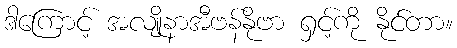
ဒါကြောင့် အလျိုနာအီဗန်နိုဗာ ရှင့်ကို နိုင်တာ။